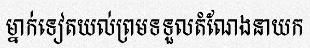
ម្នាក់ទៀតយល់ព្រមទទួលតំណែងនាយក